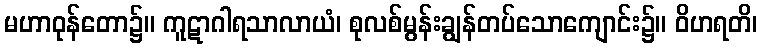
မဟာဝုန်တော၌။ ကူဋာဂါရသာလာယံ၊ စုလစ်မွန်းချွန်တပ်သောကျောင်း၌။ ဝိဟရတိ၊